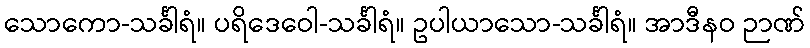
သောကော-သင်္ခါရံ။ ပရိဒေဝေါ-သင်္ခါရံ။ ဥပါယာသော-သင်္ခါရံ။ အာဒီနဝ ဉာဏ်